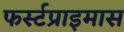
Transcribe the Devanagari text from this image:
फर्स्टप्राइमास